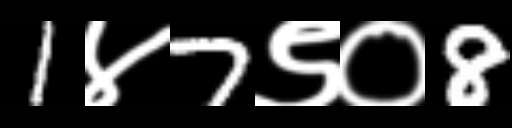
Text: 1४7९०8